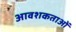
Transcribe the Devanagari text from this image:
आवशकताओं